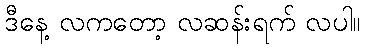
ဒီနေ့ လကတော့ လဆန်းရက် လပါ။